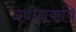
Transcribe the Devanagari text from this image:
नवीनकवि